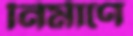
নির্মাণে